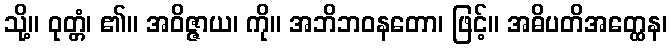
သို့။ ဝုတ္တံ၊ ၏။ အဝိဇ္ဇာယ၊ ကို။ အဘိဘဝနတော၊ ဖြင့်။ အဓိပတိအတ္ထေန၊